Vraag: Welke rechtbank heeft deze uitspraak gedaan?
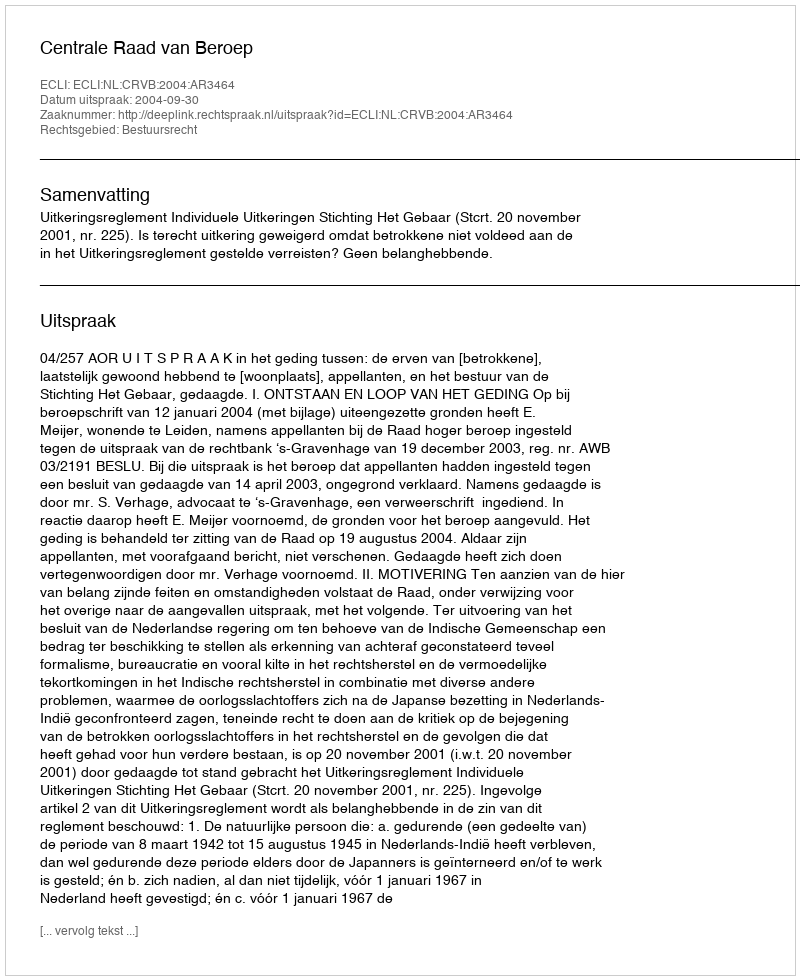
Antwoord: Centrale Raad van Beroep